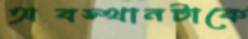
অবস্থানটাকে